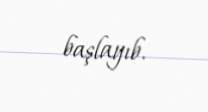
başlayıb.